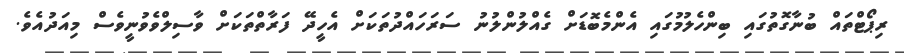
ރިޕޯޓްތައް ބުނާގޮތުގައި ބިންހެލުމުގައި އެންމެބޮޑަށް ގެއްލުންލުނު ސަރަހައްދުތަކަށް އެހީދޭ ފަރާތްތަކަށް ވާސިލްވެވުނީވެސް މިއަދުއެވެ.